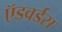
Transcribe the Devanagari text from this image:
ऍडवर्डस